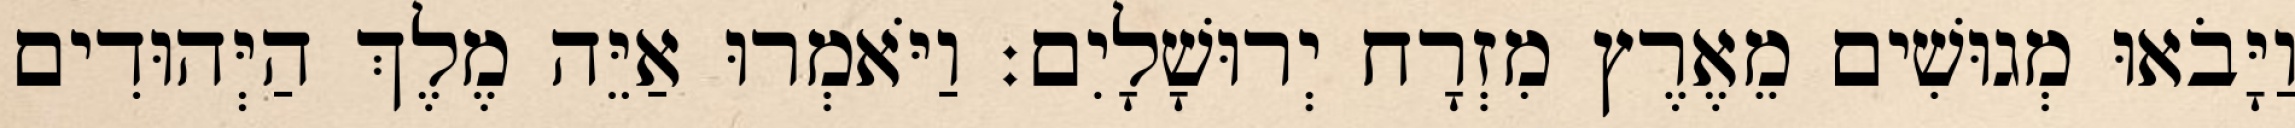
וַיָּבֹאוּ מְגוּשִׁים מֵאֶרֶץ מִזְרָח יְרוּשָׁלָיִם׃ וַיֹּאמְרוּ אַיֵּה מֶלֶךְ הַיְּהוּדִים